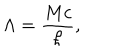
LaTeX: \Lambda = \frac { M c } { \hbar } ,